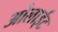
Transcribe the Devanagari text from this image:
ओलाईट